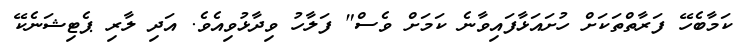
ކަމާބެހޭ ފަރާތްތަކަށް ހުށައަޅާފައިވާނެ ކަމަށް ވެސް" ފަލާހު ވިދާޅުވިއެވެ. އަދި ލާރި ޕެޓިޝަނެކޭ